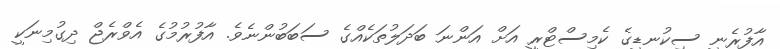
އާފުރެނީ ސިކުނޑީގެ ކެމިސްޓްރީ އަށް އަންނަ ބަދަލުތަކެއްގެ ސަބަބުންނެވެ. އާފުރުމުގެ އެވްރެޖް ދިގުމިނަކީ